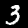
Digit: 3